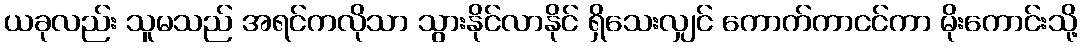
ယခုလည်း သူမသည် အရင်ကလိုသာ သွားနိုင်လာနိုင် ရှိသေးလျှင် ကောက်ကာငင်ကာ မိုးကောင်းသို့